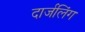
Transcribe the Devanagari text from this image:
दार्जलिंग